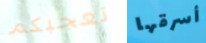
تعجبكم أسرقها